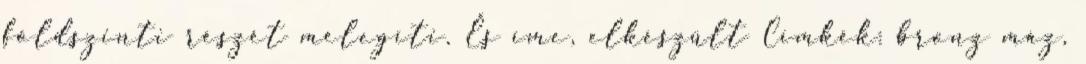
földszinti részét melegíti. És íme, elkészült Címkék: bronz máz,